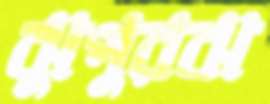
ঝুপুরঝ